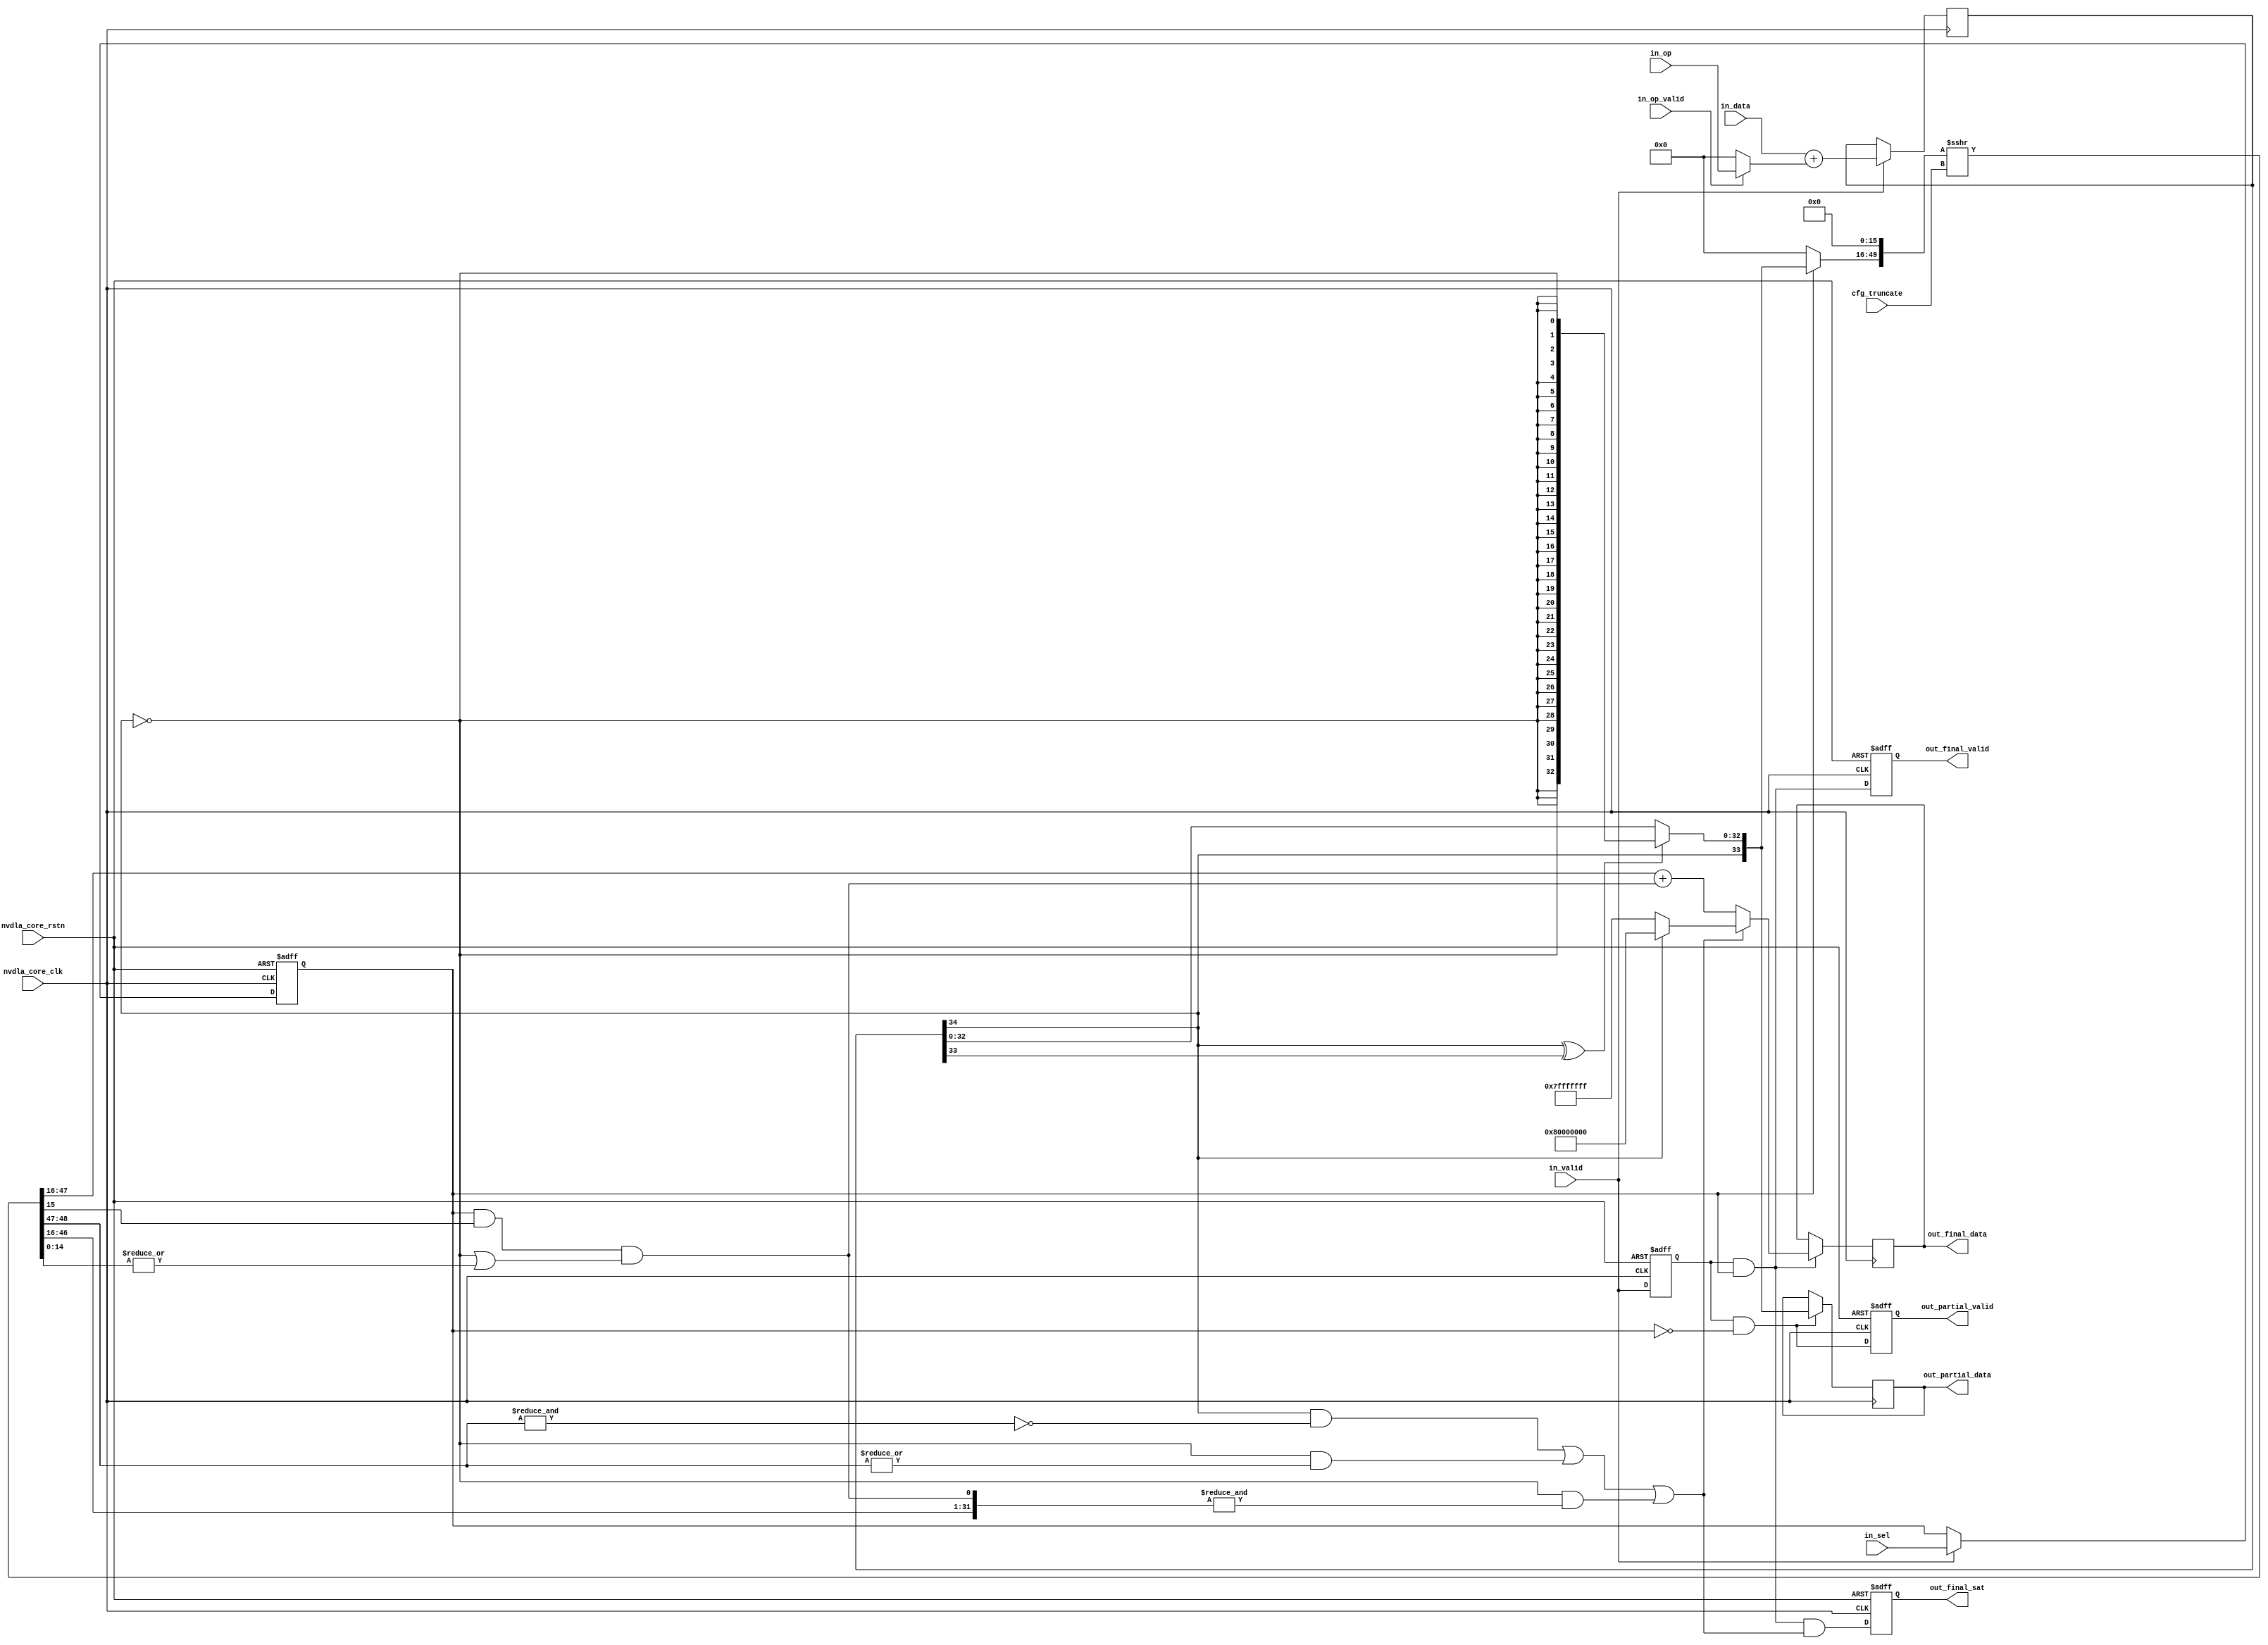
// This program was cloned from: https://github.com/TILOS-AI-Institute/MacroPlacement
// License: BSD 3-Clause "New" or "Revised" License

// ================================================================
// NVDLA Open Source Project
//
// Copyright(c) 2016 - 2017 NVIDIA Corporation. Licensed under the
// NVDLA Open Hardware License; Check "LICENSE" which comes with
// this distribution for more information.
// ================================================================
module NV_NVDLA_CACC_CALC_int8 (
   nvdla_core_clk
  ,nvdla_core_rstn
  ,cfg_truncate
  ,in_data
  ,in_op
  ,in_op_valid
  ,in_sel
  ,in_valid
  ,out_final_data
  ,out_final_sat
  ,out_final_valid
  ,out_partial_data
  ,out_partial_valid
  );
input [4:0] cfg_truncate;
input [21:0] in_data;
input [33:0] in_op;
input in_op_valid;
input in_sel;
input in_valid;
output [31:0] out_final_data;
output out_final_sat;
output out_final_valid;
output [33:0] out_partial_data;
output out_partial_valid;
input nvdla_core_clk;
input nvdla_core_rstn;
reg [32:0] i_sat_bits;
reg i_sat_sel;
reg i_sat_vld;
reg [34:0] i_sum_pd;
reg [31:0] out_final_data;
reg out_final_sat;
reg out_final_valid;
reg [33:0] out_partial_data;
reg out_partial_valid;
wire [21:0] di_pd;
wire [31:0] i_final_result;
wire i_final_vld;
wire i_guide;
wire [33:0] i_partial_result;
wire i_partial_vld;
wire i_point5;
wire [31:0] i_pos_pd;
wire [33:0] i_pre_sft_pd;
wire [33:0] i_sat_pd;
wire i_sat_sign;
wire i_sel;
wire [31:0] i_sft_max;
wire i_sft_need_sat;
wire [33:0] i_sft_pd;
wire [14:0] i_stick;
wire i_sum_msb;
wire [34:0] i_sum_pd_nxt;
wire i_sum_sign;
wire [31:0] i_tru_pd;
wire i_vld;
wire [33:0] in_mask_op;
wire mon_pos_pd_c;
wire [33:0] oi_pd;
assign i_sel = in_sel;
assign i_vld = in_valid;
assign in_mask_op = in_op_valid ? in_op[33:0] : 34'b0;
assign di_pd = in_data[21:0];
assign oi_pd = in_mask_op[33:0];
always @(posedge nvdla_core_clk or negedge nvdla_core_rstn) begin
  if (!nvdla_core_rstn) begin
    i_sat_vld <= 1'b0;
  end else begin
  i_sat_vld <= i_vld;
  end
end
always @(posedge nvdla_core_clk or negedge nvdla_core_rstn) begin
  if (!nvdla_core_rstn) begin
    i_sat_sel <= 1'b0;
  end else begin
  if ((i_vld) == 1'b1) begin
    i_sat_sel <= i_sel;
// VCS coverage off
  end else if ((i_vld) == 1'b0) begin
  end else begin
    i_sat_sel <= 'bx; // spyglass disable STARC-2.10.1.6 W443 NoWidthInBasedNum-ML -- (Constant containing x or z used, Based number `bx contains an X, Width specification missing for based number)
// VCS coverage on
  end
  end
end
//====================
// Addition
//====================
assign i_sum_pd_nxt[34:0] = $signed(di_pd) + $signed(oi_pd);
always @(posedge nvdla_core_clk) begin
  if ((i_vld) == 1'b1) begin
    i_sum_pd <= i_sum_pd_nxt;
// VCS coverage off
  end else if ((i_vld) == 1'b0) begin
  end else begin
    i_sum_pd <= 'bx; // spyglass disable STARC-2.10.1.6 W443 NoWidthInBasedNum-ML -- (Constant containing x or z used, Based number `bx contains an X, Width specification missing for based number)
// VCS coverage on
  end
end
//====================
// narrow down to 34bit, and need satuation only
//====================
assign i_sum_sign = i_sum_pd[34 +1 -1];
assign i_sum_msb = i_sum_pd[34 +1 -2];
assign i_sat_sign = i_sum_sign;
always @(
  i_sum_sign
  or i_sum_msb
  or i_sum_pd
  ) begin
    if (i_sum_sign ^ i_sum_msb) begin // overflow, need satuation
        i_sat_bits = {33{~i_sum_sign}};
    end else begin
        i_sat_bits = i_sum_pd[32:0];
    end
end
assign i_sat_pd = {i_sat_sign,i_sat_bits};
assign i_partial_result = i_sat_pd;
//====================
// narrow down to 32bit, and need rounding and satuation
//====================
assign i_pre_sft_pd = i_sat_sel ? i_sat_pd[33:0] : {34{1'b0}};
assign {i_sft_pd[33:0], i_guide, i_stick[14:0]} = ($signed({i_pre_sft_pd, 16'b0}) >>> cfg_truncate);
assign i_sft_need_sat = (i_sat_sign & ~(&i_sft_pd[32:31])) |
                        (~i_sat_sign & (|i_sft_pd[32:31])) |
                        (~i_sat_sign & (&{i_sft_pd[30:0], i_point5}));
assign i_sft_max = i_sat_sign ? {1'b1, 31'b0} : ~{1'b1, 31'b0};
assign i_point5 = i_sat_sel & i_guide & (~i_sat_sign | (|i_stick));
assign {mon_pos_pd_c, i_pos_pd[31:0]} = i_sft_pd[31:0] + i_point5;
assign i_tru_pd = i_pos_pd;
assign i_final_result = i_sft_need_sat ? i_sft_max : i_tru_pd;
assign i_partial_vld = i_sat_vld & ~i_sat_sel;
assign i_final_vld = i_sat_vld & i_sat_sel;
//====================
always @(posedge nvdla_core_clk or negedge nvdla_core_rstn) begin
  if (!nvdla_core_rstn) begin
    out_partial_valid <= 1'b0;
  end else begin
  out_partial_valid <= i_partial_vld;
  end
end
// spyglass disable_block STARC05-3.3.1.4b
always @(posedge nvdla_core_clk) begin
  if ((i_partial_vld) == 1'b1) begin
    out_partial_data <= i_partial_result;
// VCS coverage off
  end else if ((i_partial_vld) == 1'b0) begin
  end else begin
    out_partial_data <= 'bx; // spyglass disable STARC-2.10.1.6 W443 NoWidthInBasedNum-ML -- (Constant containing x or z used, Based number `bx contains an X, Width specification missing for based number)
// VCS coverage on
  end
end
// spyglass enable_block STARC05-3.3.1.4b
always @(posedge nvdla_core_clk or negedge nvdla_core_rstn) begin
  if (!nvdla_core_rstn) begin
    out_final_valid <= 1'b0;
  end else begin
  out_final_valid <= i_final_vld;
  end
end
always @(posedge nvdla_core_clk or negedge nvdla_core_rstn) begin
  if (!nvdla_core_rstn) begin
    out_final_sat <= 1'b0;
  end else begin
  out_final_sat <= i_final_vld & i_sft_need_sat;
  end
end
// spyglass disable_block STARC05-3.3.1.4b
always @(posedge nvdla_core_clk) begin
  if ((i_final_vld) == 1'b1) begin
    out_final_data <= i_final_result;
// VCS coverage off
  end else if ((i_final_vld) == 1'b0) begin
  end else begin
    out_final_data <= 'bx; // spyglass disable STARC-2.10.1.6 W443 NoWidthInBasedNum-ML -- (Constant containing x or z used, Based number `bx contains an X, Width specification missing for based number)
// VCS coverage on
  end
end
// spyglass enable_block STARC05-3.3.1.4b
//VCS coverage off
`ifndef DISABLE_FUNCPOINT
  `ifdef ENABLE_FUNCPOINT
    reg funcpoint_cover_off;
    initial begin
        if ( $test$plusargs( "cover_off" ) ) begin
            funcpoint_cover_off = 1'b1;
        end else begin
            funcpoint_cover_off = 1'b0;
        end
    end
    property cacc_calc_int8__partial_sum_need_sat__0_cov;
        disable iff((nvdla_core_rstn !== 1) || funcpoint_cover_off)
        @(posedge nvdla_core_clk)
        i_sum_sign ^ i_sum_msb;
    endproperty
// Cover 0 : "i_sum_sign ^ i_sum_msb"
    FUNCPOINT_cacc_calc_int8__partial_sum_need_sat__0_COV : cover property (cacc_calc_int8__partial_sum_need_sat__0_cov);
  `endif
`endif
//VCS coverage on
//VCS coverage off
`ifndef DISABLE_FUNCPOINT
  `ifdef ENABLE_FUNCPOINT
    property cacc_calc_int8__out32_need_sat_pos__1_cov;
        disable iff((nvdla_core_rstn !== 1) || funcpoint_cover_off)
        @(posedge nvdla_core_clk)
        i_sft_need_sat & ~i_sat_sign & ~i_point5;
    endproperty
// Cover 1 : "i_sft_need_sat & ~i_sat_sign & ~i_point5"
    FUNCPOINT_cacc_calc_int8__out32_need_sat_pos__1_COV : cover property (cacc_calc_int8__out32_need_sat_pos__1_cov);
  `endif
`endif
//VCS coverage on
//VCS coverage off
`ifndef DISABLE_FUNCPOINT
  `ifdef ENABLE_FUNCPOINT
    property cacc_calc_int8__out32_round_need_sat_pos__2_cov;
        disable iff((nvdla_core_rstn !== 1) || funcpoint_cover_off)
        @(posedge nvdla_core_clk)
        i_sft_need_sat & ~i_sat_sign & i_point5;
    endproperty
// Cover 2 : "i_sft_need_sat & ~i_sat_sign & i_point5"
    FUNCPOINT_cacc_calc_int8__out32_round_need_sat_pos__2_COV : cover property (cacc_calc_int8__out32_round_need_sat_pos__2_cov);
  `endif
`endif
//VCS coverage on
//VCS coverage off
`ifndef DISABLE_FUNCPOINT
  `ifdef ENABLE_FUNCPOINT
    property cacc_calc_int8__out32_round_need_sat_neg__3_cov;
        disable iff((nvdla_core_rstn !== 1) || funcpoint_cover_off)
        @(posedge nvdla_core_clk)
        i_sft_need_sat & i_sat_sign;
    endproperty
// Cover 3 : "i_sft_need_sat & i_sat_sign"
    FUNCPOINT_cacc_calc_int8__out32_round_need_sat_neg__3_COV : cover property (cacc_calc_int8__out32_round_need_sat_neg__3_cov);
  `endif
`endif
//VCS coverage on
endmodule // NV_NVDLA_CACC_CALC_int8